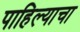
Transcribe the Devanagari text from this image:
पाहिल्याचा